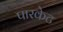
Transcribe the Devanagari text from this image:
पारकेट